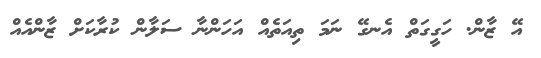
އޭ ޒާން. ހަގީގަތް އެނގޭ ނަމަ ތިއަތެއް އަހަންނާ ސަލާން ކުރާކަށް ޒާންއެއް